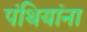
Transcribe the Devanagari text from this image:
पंथियांना